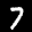
Label: 7